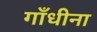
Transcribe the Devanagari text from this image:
गाँधीना